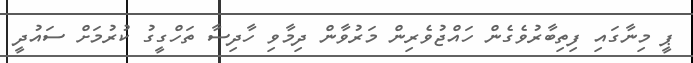
ޕީ މިނާގައި ފިތިބާރުވެގެން ހައްޖުވެރިން މަރުވާން ދިމާވި ހާދިސާ ތަހްގީގު ކުރުމަށް ސައުދީ